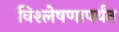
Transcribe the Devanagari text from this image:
विश्लेषणापर्यंत